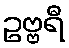
ဥဗ္ဗရီ